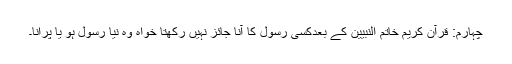
چہارم: قرآن کریم خاتم النبیین کے بعدکسی رسول کا آنا جائز نہیں رکھتا خواہ وہ نیا رسول ہو یا پرانا۔